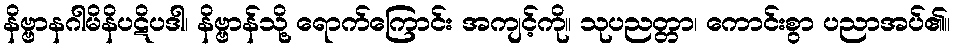
နိဗ္ဗာနဂါမိနိပဋိပဒါ၊ နိဗ္ဗာန်သို့ ရောက်ကြောင်း အကျင့်ကို။ သုပညတ္တာ၊ ကောင်းစွာ ပညာအပ်၏။